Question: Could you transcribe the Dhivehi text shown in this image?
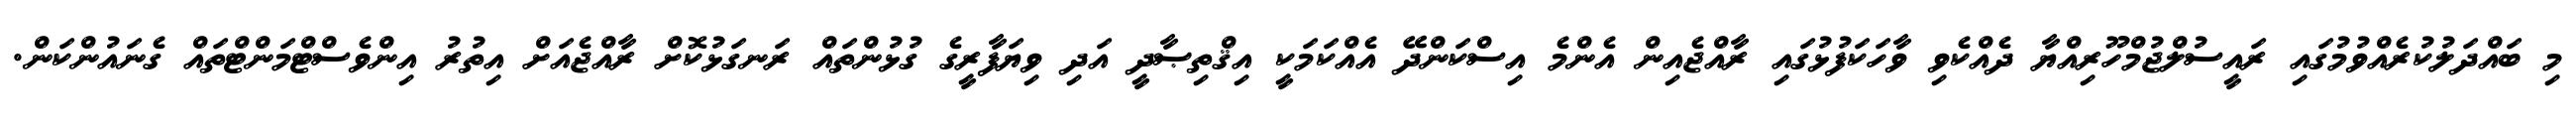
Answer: މި ބައްދަލުކުރެއްވުމުގައި ރައީސުލްޖުމްހޫރިއްޔާ ދެއްކެވި ވާހަކަފުޅުގައި ރާއްޖެއިން އެންމެ އިސްކަންދޭ އެއްކަމަކީ އިޤްތިޞާދީ އަދި ވިޔަފާރީގެ ގުޅުންތައް ރަނގަޅުކޮށް ރާއްޖެއަށް އިތުރު އިންވެސްޓްމަންޓްތައް ގެނައުންކަން.